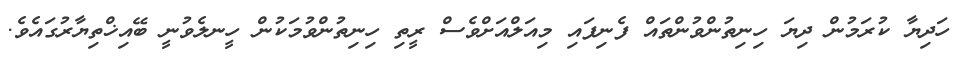
ހަދިޔާ ކުރަމުން ދިޔަ ހިނިތުންވުންތައް ފެނިފައި މިއަލްއަށްވެސް ރީތި ހިނިތުންވުމަކުން ހީނލެވުނީ ބޭއިޚްތިޔާރުގައެވެ.